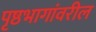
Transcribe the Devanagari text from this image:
पृष्ठभागांवरील